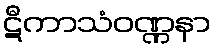
ဋီကာသံဝဏ္ဏနာ